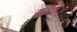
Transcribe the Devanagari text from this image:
समः।